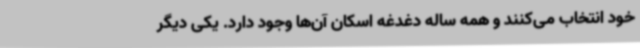
خود انتخاب می‌کنند و همه ساله دغدغه اسکان آن‌ها وجود دارد. یکی دیگر